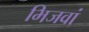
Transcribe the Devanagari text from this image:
भिजवां